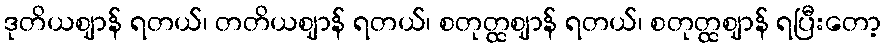
ဒုတိယဈာန် ရတယ်၊ တတိယဈာန် ရတယ်၊ စတုတ္ထဈာန် ရတယ်၊ စတုတ္ထဈာန် ရပြီးတော့